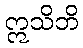
ဣသိဘိ